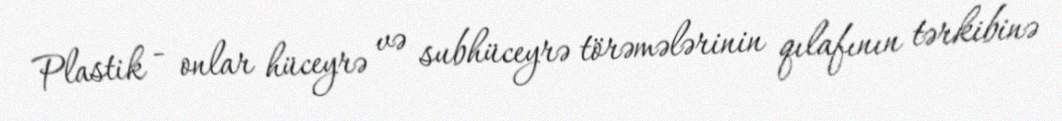
Plastik - onlar hüceyrə və subhüceyrə törəmələrinin qılafının tərkibinə